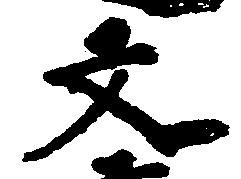
文